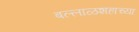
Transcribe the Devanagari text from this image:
बल्लाळशहाच्या